Lunatic asylums Madras 1877-1891 - 1877-1891
Year: 1877
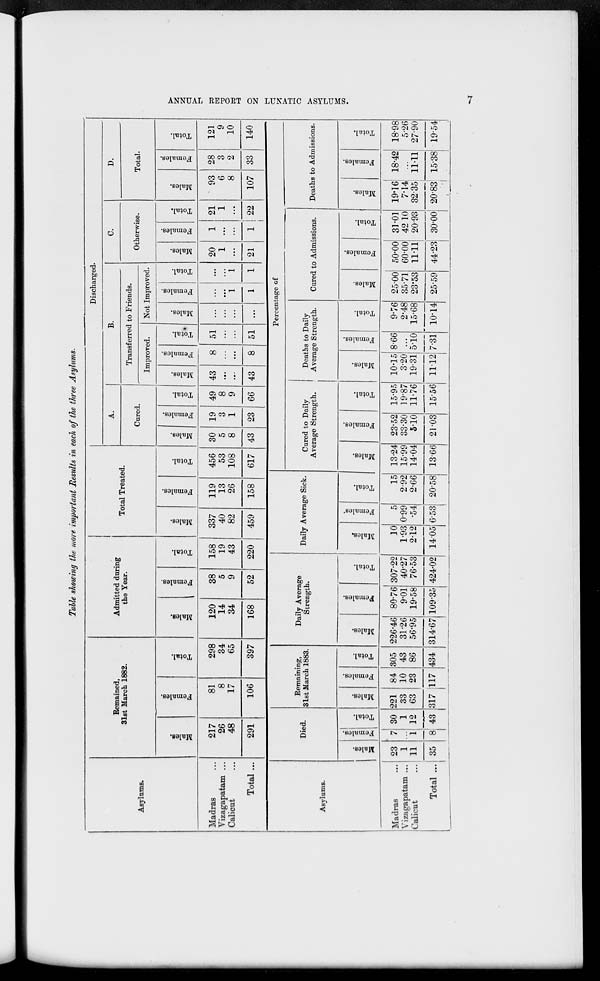
7
ANNUAL REPORT ON LUNATIC ASYLUMS.
Table showing the more important Results in each of the three Asylums.
Asylums.
Madras ...
Vizagapatam ...
Calicat ...
Total ...
Asylums.
Madras ...
Vizagapatam ...
Calicut
...
Total ...
Remained,
31st March 1882.
Males.
217
26
48
291
Females.
81
8
17
106
Died.
Males.
23
1
11
35
Females.
7
...
1
8
Total.
30
1
12
43
Total.
298
34
65
397
Remaining,
31st March 1883.
Males.
221
33
63
317
Females.
84
10
23
117
Total.
305
43
86
434
Admitted daring
the Year.
Males.
120
14
34
168
Females.
38
5
9
52
Total.
158
19
43
220
Daily Average
Strength.
Males.
226.46
31.26
56.95
314.67
Females.
80.76
9.01
19.58
109.35
Total.
307.22
40.27
76.53
424.02
Total Treated.
Males.
337
40
82
459
Females.
119
13
26
158
Daily Average Sick.
Males.
10
1.93
2.12
14.05
Females.
5
0.99
.54
6.53
Total.
15
2.92
2.66
20.58
Total.
456
53
108
617
Discharged.
A.
Cured.
Males.
30
5
8
43
Females.
19
3
1
23
Total.
49
8
9
66
B.
Transferred to Friends.
Improved.
Males.
43
...
...
43
Females.
8
...
...
8
Total.
51
...
...
51
Not Improved.
Males.
...
...
...
...
Females.
...
...
1
1
Total.
...
...
1
1
C.
Otherwise.
Males.
20
1
...
21
Females.
1
...
...
1
Total.
21
1
...
22
D.
Total.
Males.
93
6
8
107
Females.
28
3
2
33
Total.
121
9
10
140
Percentage of
Cured to Daily
Average Strength.
Males.
13.24
15.99
14.04
13.66
Females.
23.52
33.30
5.10
21.03
Total.
15.95
19.87
11.76
15.56
Deaths to Daily
Average Strength.
Males.
10.15
3.20
19.31
11.12
Females.
8.66
...
5.10
7.31
Total.
9.76
2.48
15.68
10.14
Cured to Admissions.
Males.
25.00
35.71
23.53
25.59
Females.
50.00
60.00
11.11
44.23
Total.
31.01
42.10
20.93
30.00
Deaths to Admissions.
Males.
19.16
7.14
32.35
20.83
Females.
18.42
...
11.11
15.38
Total.
18.98
5.26
27.90
19.54